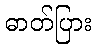
ဓာတ်ပြား